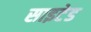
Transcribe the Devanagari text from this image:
साइटेड